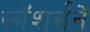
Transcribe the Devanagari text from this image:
स्मॅशर्सने